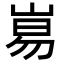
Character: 𡸑